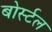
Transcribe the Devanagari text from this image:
बोर्स्टल